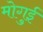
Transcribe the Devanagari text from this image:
मोगुई